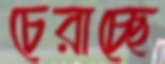
চেরাচ্ছে